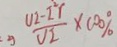
\frac { U I - I ^ { 2 } r } { V I } \times 1 0 0 \%